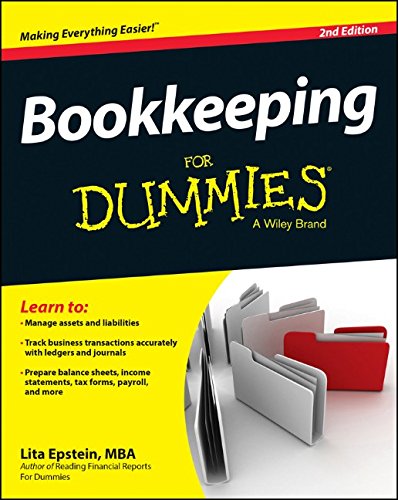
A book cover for Bookkeeping For Dummies; Lita Epstein; Business & Money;